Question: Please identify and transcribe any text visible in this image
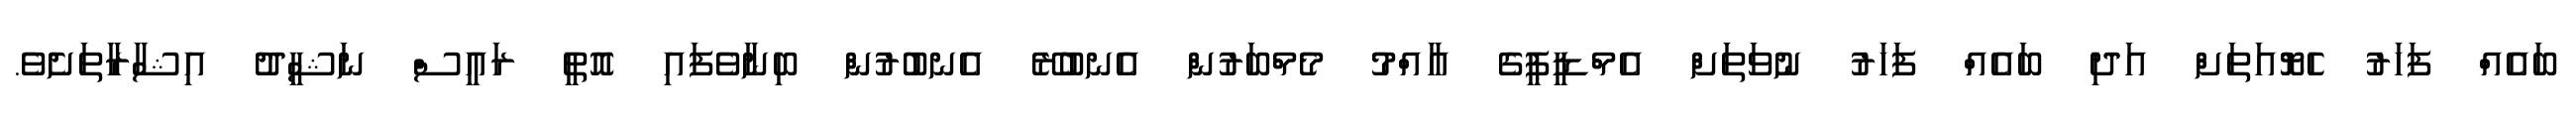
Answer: ބައެއް ފަހަރު ހެޔޮއަތަށް އަދި ބައެއް ފަހަރު ނުވަތަށް އެމްޑީޕީގެ އާއްމު މެމްބަރުން އެނބުރޭ އެނބުރުން ބިނާވެފައި އޮތީ ރައީސް ނަޝީދު އިޝާރާތަށެވެ.